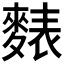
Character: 𪍊